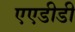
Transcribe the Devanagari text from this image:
एएडीडी